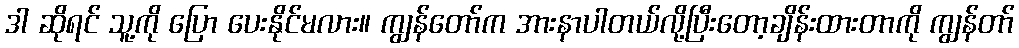
ဒါ ဆိုရင် သူ့ကို ပြော ပေးနိုင်မလား။ ကျွန်တော်က အားနာပါတယ်လို့ပြီးတော့ချိန်းထားတာကို ကျွန်တာ်